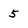
Character: 5